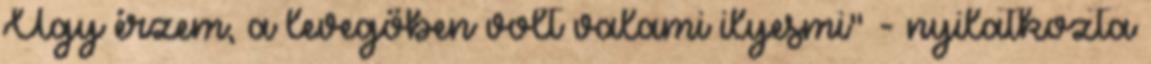
Úgy érzem, a levegőben volt valami ilyesmi" - nyilatkozta